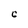
Character: C